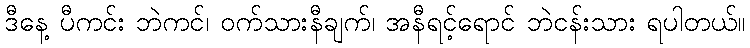
ဒီနေ့ ပီကင်း ဘဲကင်၊ ဝက်သားနီချက်၊ အနီရင့်ရောင် ဘဲငန်းသား ရပါတယ်။